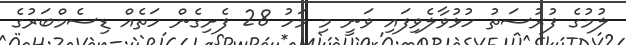
ލުމުގެ ފުރުސަތު ހުޅުވާލެވިފައި ވަނީ މި މަހު 28 ފެށިގެން ހަތެއް ޑިސެމްބަރުގެ